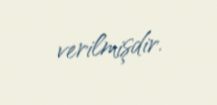
verilmişdir.